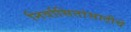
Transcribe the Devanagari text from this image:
निर्वासितांसाठीचे